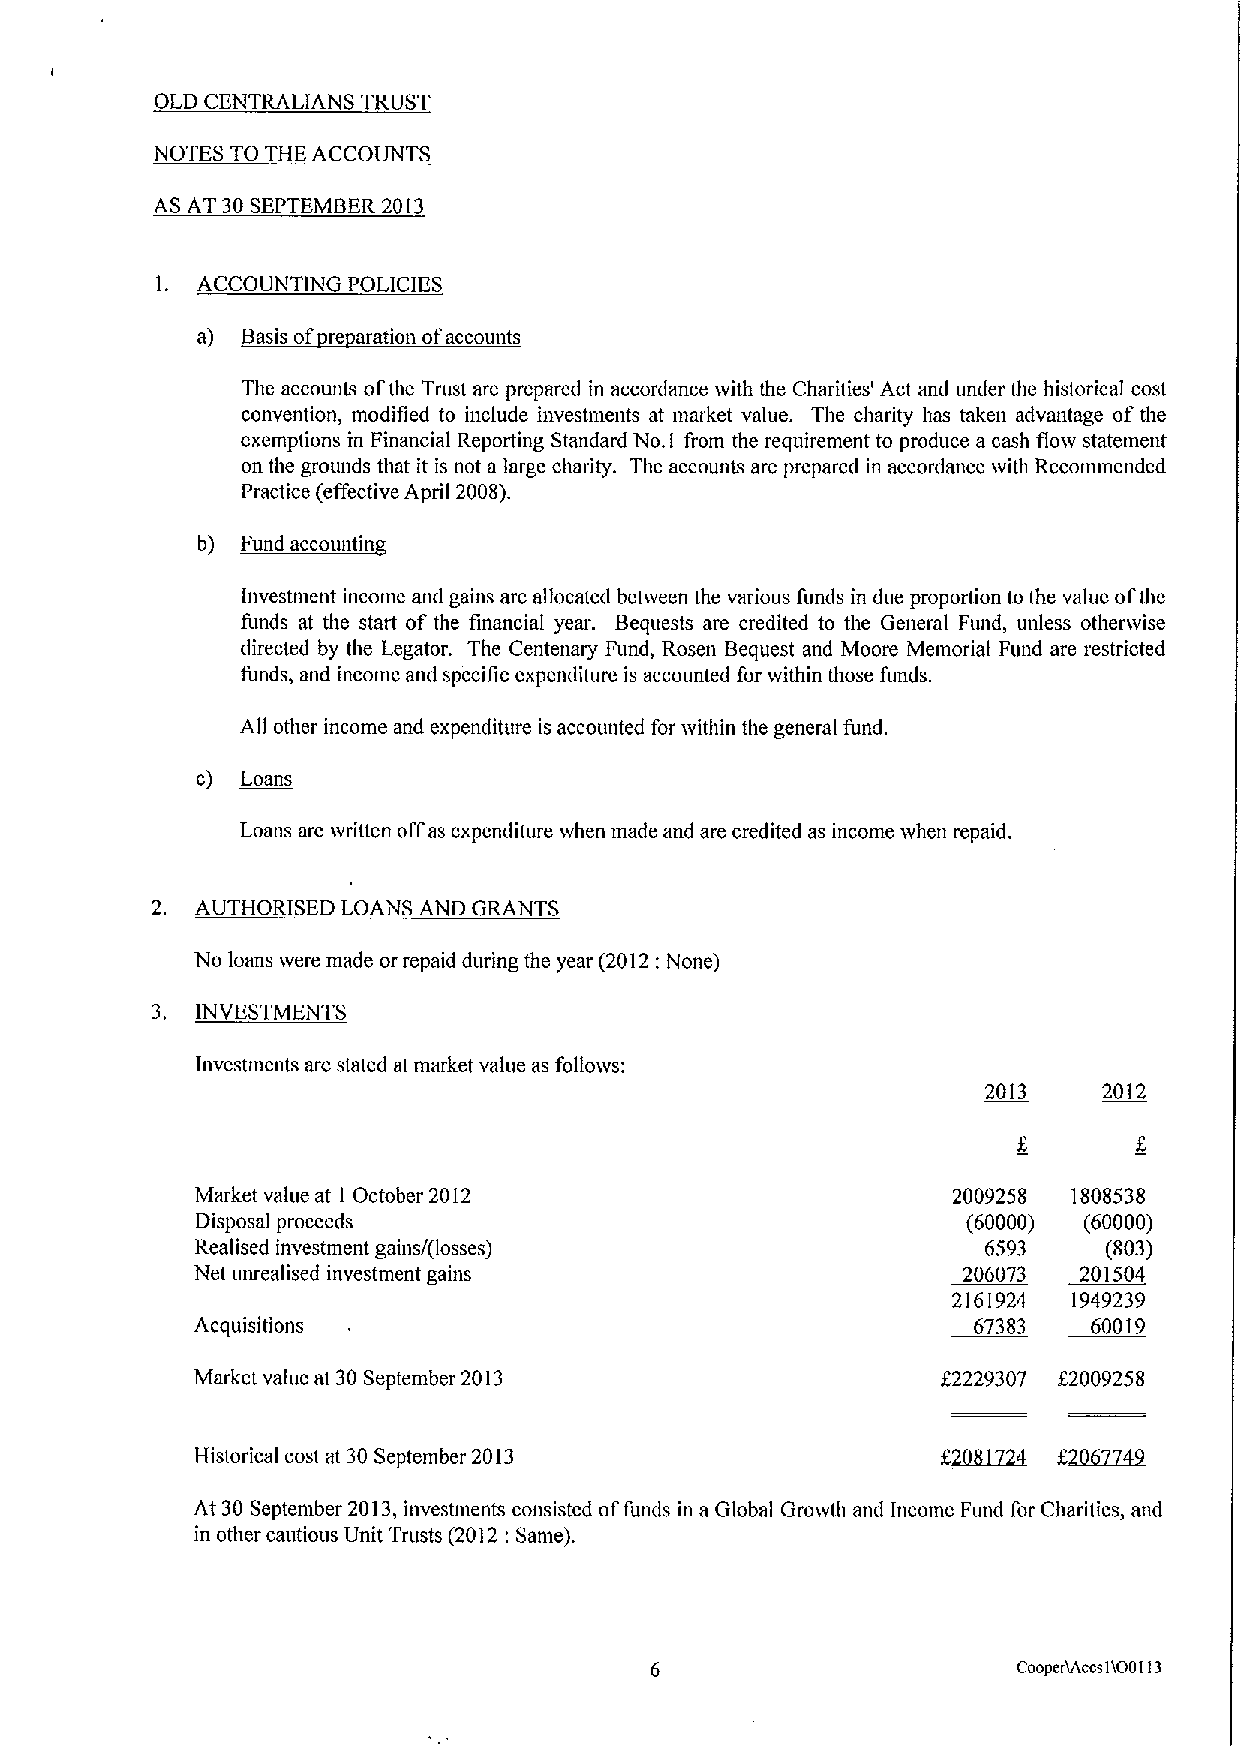
OLD CENTRALIANS TRUST
 NOTES TO THE ACCOUNTS
 AS AT 30SEPTEMBER 2013
 l. ACCOUNTING POLICIES
 a) Basis of re aration ofaccounts
 The accounts ofthe Trust are prepared in accordance with the Charities' Act and under the historical cost
 convention, modified to include investments at market value. The charity has taken advantage ofthe
 exemptions in Financial Reporting Standard No.I from the requirement to produce a cash flow statement
 on the grounds that it is not a large charity. The accounts are prepared in accordance with Recommended
 Practice (effective April 2008).
 b) F~d
 Investment income and gains are allocated between the various funds in due proportion to the value ofthe
 flmds at the start of the financial year. Bequests are credited to the General Fund, unless othertvise
 directed by the Legator. The Centenary Fund, Rosen Bequest and Moore Memorial Fund are restricted
 ftmds, and income and specific expenditure is accounted for tvithin those funds.
 All other income and expenditure is accounted for within the general fund.
 c) Loans
 Loans are written offas expenditure when made and are credited as income when repaid.
 2. AUTHORISED LOANS AND GRANTS
 No loans were made or repaid during the year (2012:None)
 3. INVESTMENTS
 Investments are stated at market value as follows:
 2013    2012
 Market vahie at I October 2012                    2009258 1808538
 Disposal proceeds                                  (60000) (60000)
 Realised investment gains/(losses)                  6593    (803)
 Net unrealised investment gains                    206073 201504
 2161924 1949239
 Acquisitions                                       67383   60019
 Market value at 30September 2013                 f2229307 82009258
 Historical cost at 30September 2013
 At 30 September 2013,investments consisted offunds in a Global Groivth and Income Fund for Charities, and
 in other cautious Unit Trusts (2012:Same).
 Cooperlhccsii00113